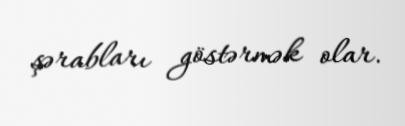
şərabları göstərmək olar.